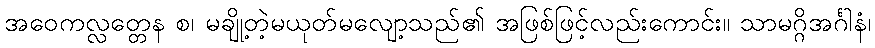
အဝေကလ္လတ္တေန စ၊ မချို့တဲ့မယုတ်မလျော့သည်၏ အဖြစ်ဖြင့်လည်းကောင်း။ သာမဂ္ဂိအင်္ဂါနံ၊